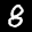
Label: 8